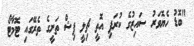
"ބޮޑު ހެޔޮވަރު ސައިޒުގެ ކުރަފި އޮތީ ޗިލީ ފިޝް ތަށީގެ ތެރޭގައި ޓޮމާޓޯ